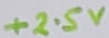
Text: +2.5V